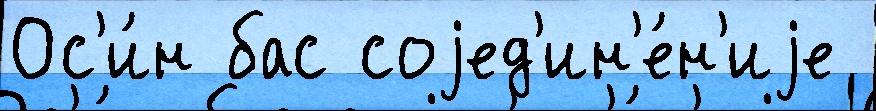
Ос'и́н бас соjед'ин'е́н'иjе